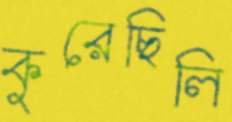
কুরেছিলি